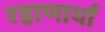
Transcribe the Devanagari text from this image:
रहाणार्या